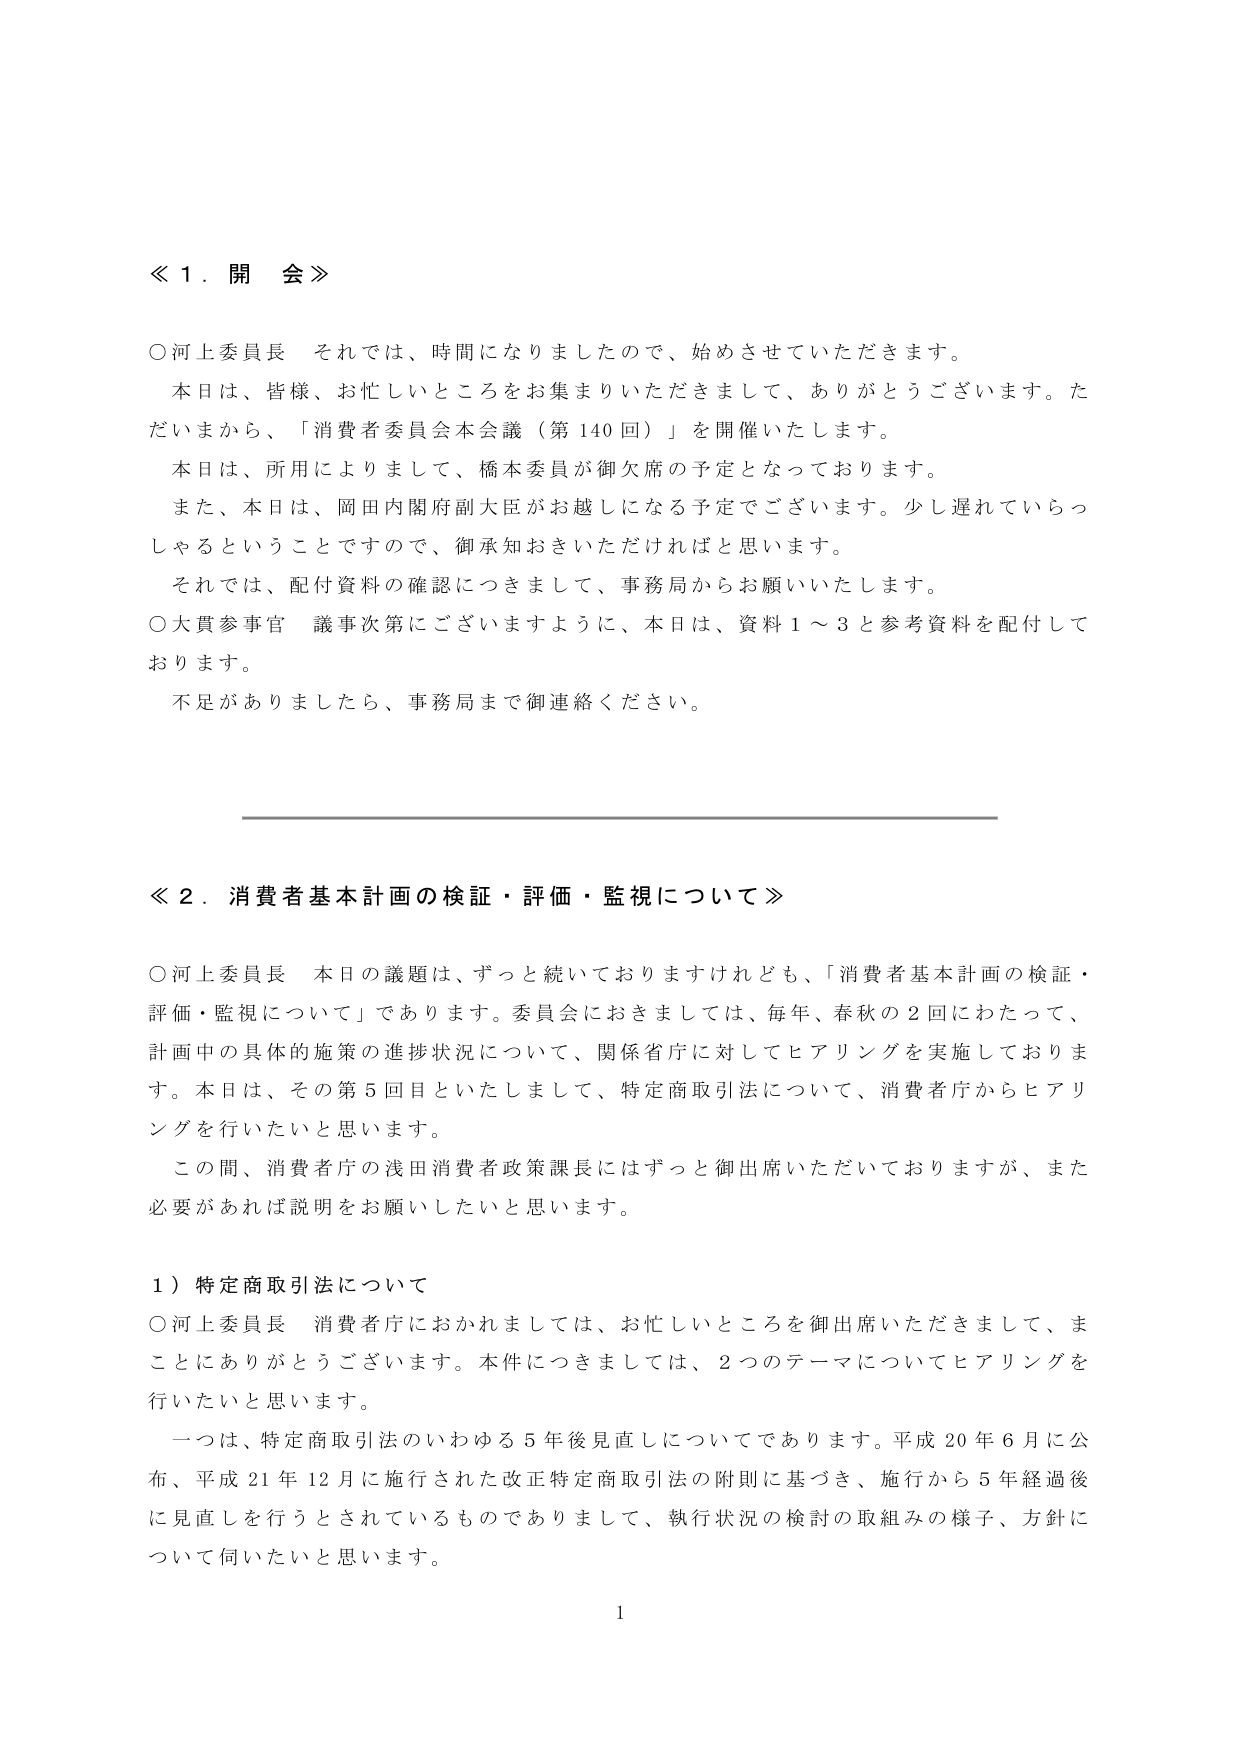
≪１．開会≫

○河上委員長　それでは、時間になりましたので、始めさせていただきます。
　本日は、皆様、お忙しいところをお集まりいただきまして、ありがとうございます。ただいまから、「消費者委員会本会議（第140回）」を開催いたします。
　本日は、所用によりまして、橋本委員が御欠席の予定となっております。
　また、本日は、岡田内閣府副大臣がお越しになる予定でございます。少し遅れていらっしゃるということでございますので、御承知おきいただければと思います。
　それでは、配付資料の確認につきまして、事務局からお願いいたします。
○大貫参事官　議事次第にございますように、本日は、資料1～3と参考資料を配付しております。
　不足がありましたら、事務局まで御連絡ください。

≪２．消費者基本計画の検証・評価・監視について≫

○河上委員長　本日の議題は、ずっと続いておりますけれども、「消費者基本計画の検証・評価・監視について」であります。委員会におきましては、毎年、春秋の2回にわたって、計画中の具体的施策の進捗状況について、関係省庁に対してヒアリングを実施しております。本日は、その第5回目といたしまして、特定商取引法について、消費者庁からヒアリングを行いたいと思います。
　この間、消費者庁の浅田消費者政策課長にはずっと御出席いただいておりますが、また必要があれば説明をお願いしたいと思います。

１）特定商取引法について

○河上委員長　消費者庁におかれましては、お忙しいところを御出席いただきまして、まことにありがとうございます。本件につきましては、2つのテーマについてヒアリングを行いたいと思います。
　一つは、特定商取引法のいわゆる5年後見直しについてであります。平成20年6月に公布、平成21年12月に施行された改正特定商取引法の附則に基づき、施行から5年経過後に見直しを行うとされているものでありまして、執行状況の検討の取組みの様子、方針について伺いたいと思います。

1